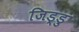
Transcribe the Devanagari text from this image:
जिड्डु